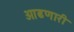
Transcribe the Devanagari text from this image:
ओढणारी